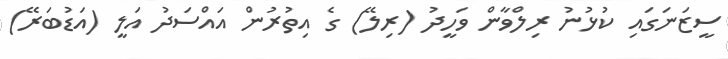
ސީޒަނަގައި ކުޅުނު ރިލްވާން ވަހީދު (ރިލޭ) ގެ އިތުރުން އައްސަދު އަލީ (އަޑުބަރޭ)